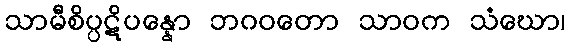
သာမီစိပ္ပဋိပန္နော ဘဂဝတော သာဝက သံဃော၊